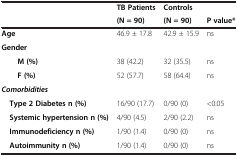
| <ROWSPAN=2>  | TB Patients | Controls |  |
 | (N = 90) | (N = 90) | P value* |
 | --- | --- | --- | --- |
 | Age | 46.9 ± 17.8 | 42.9 ± 15.9 | ns |
 | Gender |  |  |  |
 | M (%) | 38 (42.2) | 32 (35.5) | ns |
 | F (%) | 52 (57.7) | 58 (64.4) | ns |
 | Comorbidities |  |  |  |
 | Type 2 Diabetes n (%) | 16/90 (17.7) | 0/90 (0) | <0.05 |
 | Systemic hypertension n (%) | 4/90 (4.5) | 2/90 (2.2) | ns |
 | Immunodeficiency n (%) | 1/90 (1.4) | 0/90 (0) | ns |
 | Autoimmunity n (%) | 1/90 (1.4) | 0/90 (0) | ns |